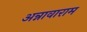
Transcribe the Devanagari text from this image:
अन्नावाराम